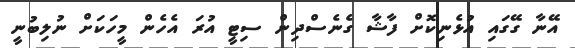
އޭނާ ގޭގައި އުޅެނިކޮށް ފާޝާ ގެނެސްދިން ސިޓީ އުރަ އެހެން މީހަކަށް ނުލިބުނީ